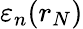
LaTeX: \varepsilon_{n}(r_{N})